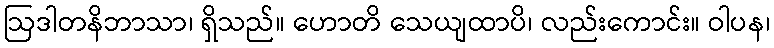
ဩဒါတနိဘာသာ၊ ရှိသည်။ ဟောတိ သေယျထာပိ၊ လည်းကောင်း။ ဝါပန၊